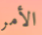
الأمر